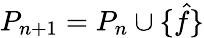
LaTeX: P_{n+1}=P_{n}\cup\{ \hat{f}\}